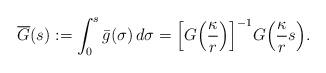
LaTeX: \begin{align*} \overline G(s):=\int_0^s\bar g(\sigma)\,d\sigma = \Big[G\Big(\frac\kappa r\Big)\Big]^{-1}G\Big(\frac{\kappa}rs\Big).\end{align*}